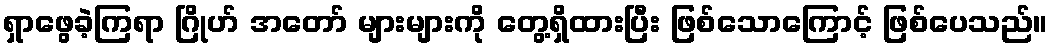
ရှာဖွေခဲ့ကြရာ ဂြိုဟ် အတော် များများကို တွေ့ရှိထားပြီး ဖြစ်သောကြောင့် ဖြစ်ပေသည်။